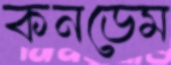
কনডেম